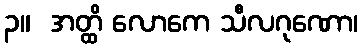
၃။  အတ္ထိ လောကေ သီလဂုဏော၊